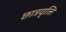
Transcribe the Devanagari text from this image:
छात्रवृत्‍ति